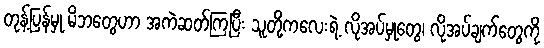
တုန့်ပြန်မှု မိဘတွေဟာ အကဲဆတ်ကြပြီး သူတို့ကလေးရဲ့ လိုအပ်မှုတွေ၊ လိုအပ်ချက်တွေကို